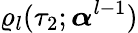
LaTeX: \varrho_{l}(\tau_{2};\boldsymbol{\alpha}^{l-1})